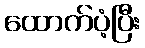
ထောက်ပံ့ပြီး